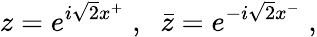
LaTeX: z=e^{i\sqrt 2x^{+}}\; ,\; \; \bar{z}=e^{-i\sqrt 2x^{-}}\; ,